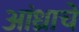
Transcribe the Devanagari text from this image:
आंध्राचे